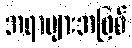
အရာများအဖြစ်